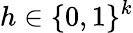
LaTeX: h\in\{ 0,1\} ^{k}